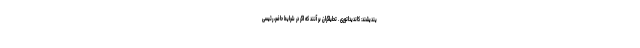
یندیشند: کاندیداتوری . تحلیلگران بر آنند که اگر در شرایط حاضر، رئیسی